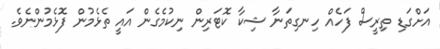
އަށްގަޑި ތިރީސް ފަހެއް ހިނގިތަނާ ޝިކާ ކޮޓަރިން ނިކުމެގެން އައީ ތެޅެމުން ފޮޅެމުންނެވެ.